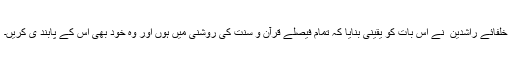
خلفائے راشدین ؓ نے اس بات کو یقینی بنایا کہ تمام فیصلے قرآن و سنت کی روشنی میں ہوں اور وہ خود بھی اس کے پابند ی کریں۔